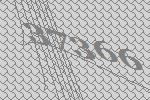
37366